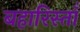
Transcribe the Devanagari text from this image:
बहारिस्ताँ